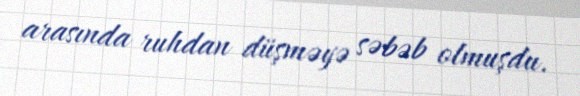
arasında ruhdan düşməyə səbəb olmuşdu.